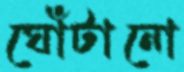
ঘোঁটানো